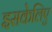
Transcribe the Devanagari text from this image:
इसकेलिए